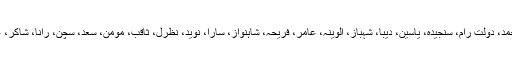
اس موقع پر ایس آر چشتی، رفیع احمد، دولت رام، سنجیدہ، یاسین، دیبا، شہباز، الوینہ، عامر، فریحہ، شاہنواز، سارا، نوید، نظرل، ثاقب، مومن، سعد، سچن، رانا، شاکر، عرشی، زوبیہ، وغیرہ موجود تھیں۔